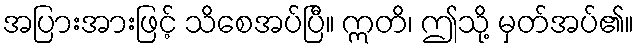
အပြားအားဖြင့် သိစေအပ်ပြီ။ ဣတိ၊ ဤသို့ မှတ်အပ်၏။